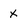
Character: x